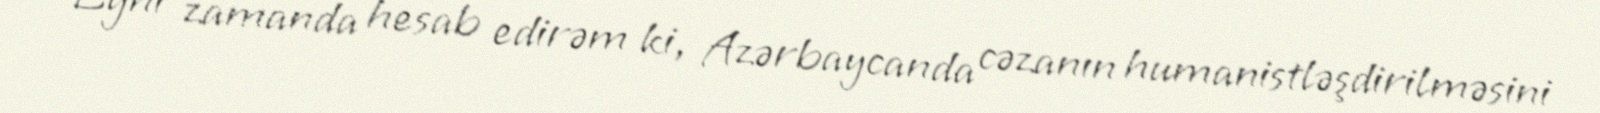
Eyni zamanda hesab edirəm ki, Azərbaycanda cəzanın humanistləşdirilməsini